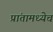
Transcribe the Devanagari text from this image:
प्रांतामध्येच